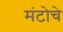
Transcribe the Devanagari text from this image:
मंटोचे